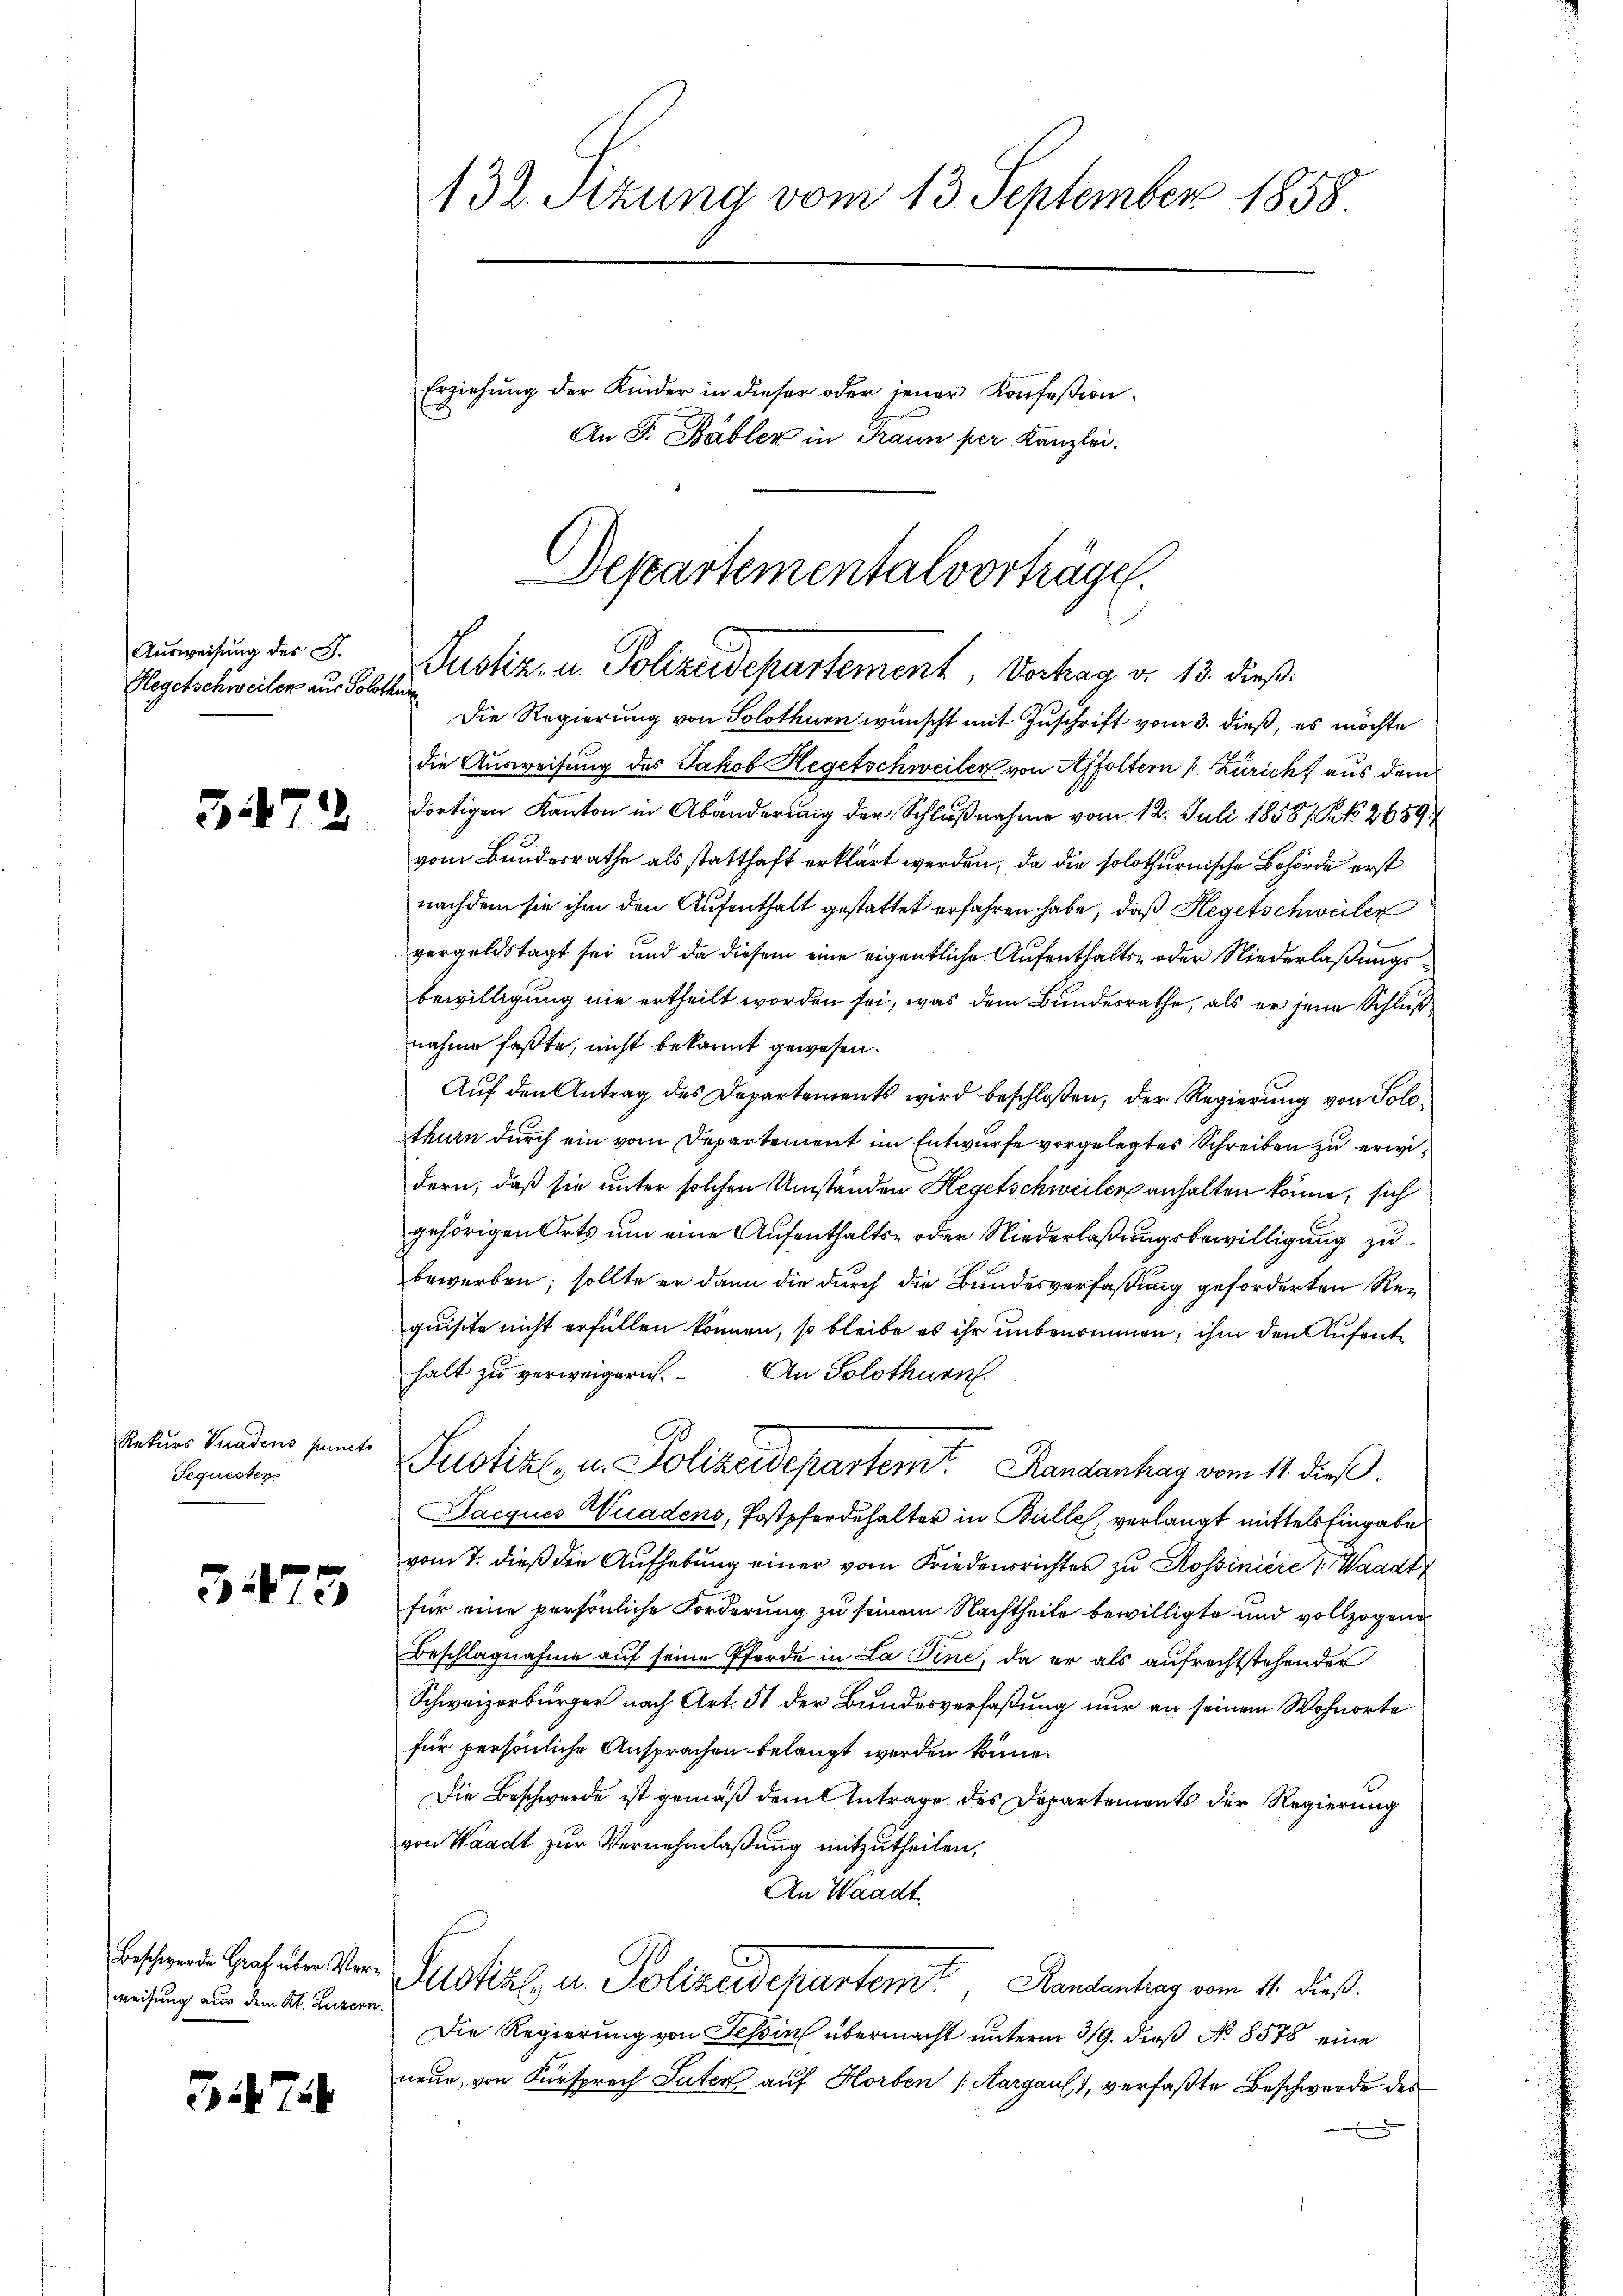
Ausweisung der S.
Hegetschweilen aus Solothur

3179

Rekurs Vuadens punct
Sequesten

5475

weisung aus dem Kt. Luzern.

37

132. Sizung vom 13. September 1858
Erziehung der Kinder in dieser oder jener Konfeßion
An F. Babler in Traun per Kanzlei.

Departementalvorträge.
Justiz- u. Polizeidepartement, Vertrag d. 13. dieß.

Die Regierung von Solothurn wünscht mit Zuschrift vom 3. dieß, es möchte
die Ausweisung des Jakob Hegetschweiler von Affoltern Zürich aus dem
dortigen Kanton in Abänderung der Schlußnahme vom 12. Juli 1858/ No. 2659,
vom Bundesrathe als statthaft erklärt werden, da die solothurnische Behörde erst
nachdem sie ihm den Aufenthalt gestattet erfahren habe, daß Hegetschweiler
vergeldstagt sei und da diesem eine eigentliche Aufenthalts- oder Niederlaßungsbewilligung nie ertheilt worden sei, was dem Bundesrathe, als er jene Schluß
nahme faßte, nicht bekannt gewesen.
Auf den Antrag des Departements wird beschloßen, der Regierung von Solothurn durch ein vom Departement im Entwurfe vorgelegtes Schreiben zu erwidern, daß sie unter solchen Umständen Hegetschweiler anhalten könne, sich
gehörigen Orts um eine Aufenthalts- oder Niederlaßungsbewilligung zubewerben; sollte er dann die durch die Bundesverfaßung geforderten Requisite nicht erfüllen können, so bleibe es ihr unbenommen, ihm den Aufenthalt zu verweigern. An Solothurn.
Justiz- u. Polizeidepartem Randanhag vom 11. dieß.
Jacques Wuadens, Postpferdehalter in Bulle, verlangt mittels Eingabe
vom 7. dieß die Aufhebung einer vom Friedensrichter zu Rossiniere Waadt
für eine persönliche Forderung zu seinem Nachtheile bewilligte und vollzogene
Beschlagnahme auf seine Pferde in La Tine, da er als aufrechtstehender
Schweizerbürger nach Art. 51 der Bundesverfaßung nur an seinem Wohnorte
für persönliche Ansprachen belangt werden könne.
Die Beschwerde ist gemäß dem Antrage des Departements der Regierung
von Waadt zur Vernehmlaßung mitzutheilen,
An Waadt

Beschende Graf über Wer Justiz u. Polizeidepartent, Handentrag vom 11. dieß.

Die Regierung von Tessin übermacht unterm 319. dieß No 8578 eine
neue, von Fürsprech Suter auf Horben (Aargau, verfaßte Beschwerde des